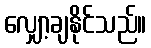
လျှော့ချနိုင်သည်။